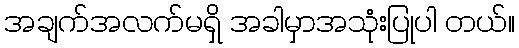
အချက်အလက်မရှိ အခါမှာအသုံးပြုပါ တယ်။